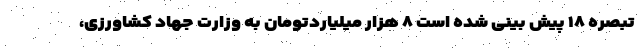
تبصره ۱۸ پیش بینی شده است ۸ هزار میلیاردتومان به وزارت جهاد کشاورزی،